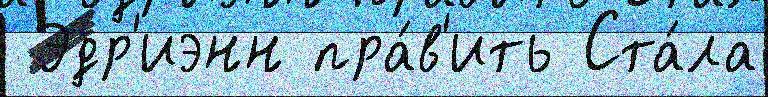
 Эдр'иэнн пра́в'ить Ста́ла